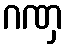
ဂဏှ